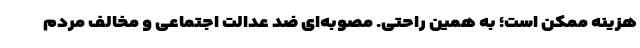
هزینه ممکن است؛ به همین راحتی. مصوبه‌ای ضد عدالت اجتماعی و مخالف مردم